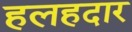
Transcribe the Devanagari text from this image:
हलहदार